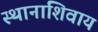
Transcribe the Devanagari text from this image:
स्थानाशिवाय